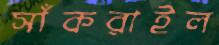
সাঁকরাইল